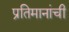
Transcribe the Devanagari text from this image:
प्रतिमानांची